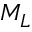
M _ { L }